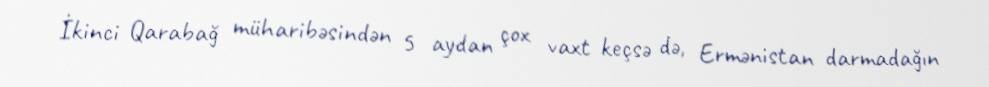
İkinci Qarabağ müharibəsindən 5 aydan çox vaxt keçsə də, Ermənistan darmadağın